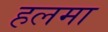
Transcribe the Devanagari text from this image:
हलमा